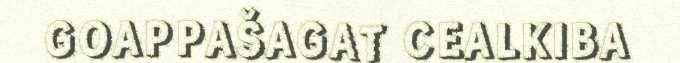
GOAPPAŠAGAT CEALKIBA